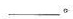
___。